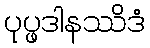
ပုပ္ဖဒါနဿိဒံ